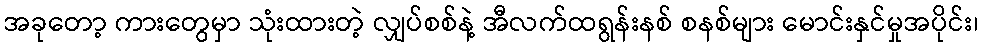
အခုတော့ ကားတွေမှာ သုံးထားတဲ့ လျှပ်စစ်နဲ့ အီလက်ထရွန်းနစ် စနစ်များ မောင်းနှင်မှုအပိုင်း၊